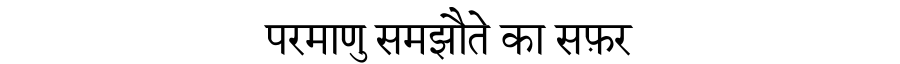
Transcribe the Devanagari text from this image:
परमाणु समझौते का सफ़र